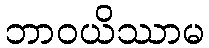
ဘာဝယိဿာမ